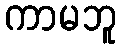
ကာမဘူ